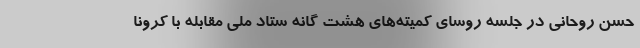
حسن روحانی در جلسه روسای کمیته‌های هشت گانه ستاد ملی مقابله با کرونا